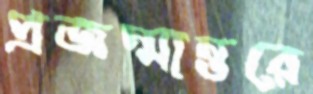
প্রজন্মান্তরে